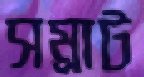
সম্রাট